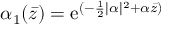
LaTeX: \alpha _ { 1 } ( \bar { z } ) = \mathrm { e } ^ { ( - \frac 1 2 \vert \alpha \vert ^ { 2 } + \alpha { \bar { z } } ) }